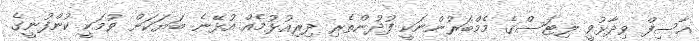
އާސިފް ވިދާޅުވީ ލިޓަސްގެ މެމްބަރުންނަކީ ފުދުންތެރި ދިރިއުޅުމެއް އުޅޭނެ ބަޔަކަށް ވުމަކީ ކުންފުނީގެ